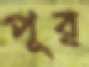
পূর্